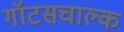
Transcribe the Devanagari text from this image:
गॉटसचाल्क